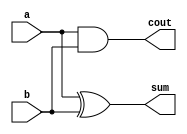
// N Sree Dhyuti
// CED19I027
// CA LAB 2 : Double Precision Floating Point Multiplier 

//Set the measurement and precision of time
`timescale 1ns / 1ps


////// 64-Bit Wallace Tree Multiplier //////
//1-Bit Full Adder Module
module HalfAdder (a, b, sum, cout);
	input a, b;
	output sum, cout;
	xor x1 (sum, a, b);
	and a1 (cout, a, b);
endmodule

// 1-Bit Full Adder Mofule
module FullAdder(a, b, cin, sum, cout);
	input a, b, cin;
	output sum, cout;
	wire w1, w2, w3;

	xor x1 (sum, a, b, cin);

	and a1 (w1, a, b);
	xor x2 (w2, a, b);
	and a2 (w3, w2, cin);
	or o1 (cout, w3, w1);

endmodule

// 4-bit Full Adder 
module FullAdder4Bit(a, b, cin, sum, carry);
	input [3:0] a, b;
	input cin;
	output [3:0] sum;
	output carry;
	wire [2:0] c;
	
	FullAdder f1_1 (a[0], b[0], cin, sum[0], c[0]);
	FullAdder f1_2 (a[1], b[1], c[0], sum[1], c[1]);
	FullAdder f1_3 (a[2], b[2], c[1], sum[2], c[2]);
	FullAdder f1_4 (a[3], b[3], c[2], sum[3], carry);
	
endmodule

// 8-bit Full Adder
module FullAdder8Bit(a, b, cin, sum, carry);
	input [7:0] a, b;
	input cin;
	output [7:0] sum;
	output carry;
	wire c;
	
	FullAdder4Bit f4_1 (a[3:0], b[3:0], cin, sum[3:0], c);
	FullAdder4Bit f4_2 (a[7:4], b[7:4], c, sum[7:4], carry);
	
endmodule

// 16-Bit Full Adder
module FullAdder16Bit(a, b, cin, sum, carry);
	input [15:0] a, b;
	input cin;
	output [15:0] sum;
	output carry;
	wire c;
	
	FullAdder8Bit f8_1 (a[7:0], b[7:0], cin, sum[7:0], c);
	FullAdder8Bit f8_2 (a[15:8], b[15:8], c, sum[15:8], carry);
	
endmodule

// 32-Bit Full Adder
module FullAdder32Bit(a, b, cin, sum, carry);
	input [31:0] a, b;
	input cin;
	output [31:0] sum;
	output carry;
	wire c;
	
	FullAdder16Bit f16_1 (a[15:0], b[15:0], cin, sum[15:0], c);
	FullAdder16Bit f16_2 (a[31:16], b[31:16], c, sum[31:16], carry);
	
endmodule

// 64-Bit Full Adder
module FullAdder64Bit(a, b, cin, sum, carry);
	input [63:0] a, b;
	input cin;
	output [63:0] sum;
	output carry;
	wire c;
	
	FullAdder32Bit f32_1 (a[31:0], b[31:0], cin, sum[31:0], c);
	FullAdder32Bit f32_2 (a[63:32], b[63:32], c, sum[63:32], carry);
	
endmodule

// 128-Bit Full Adder
module FullAdder128Bit(a, b, cin, sum, carry);
	input [127:0] a, b;
	input cin;
	output [127:0] sum;
	output carry;
	wire c;
	
	FullAdder64Bit f64_1 (a[63:0], b[63:0], cin, sum[63:0], c);
	FullAdder64Bit f64_2 (a[127:64], b[127:64], c, sum[127:64], carry);
	
endmodule

//8-Bit Wallace Tree Multiplier
module wall_mult8 (a,b,product);
	input [8:1] a, b;
	output wire [16:1] product;
	
	wire [8:1] p1, p2, p3, p4, p5, p6, p7, p8;

	wire [16:1] sum_1, sum_2, sum_3, sum_4, sum_5, sum_6;
	wire [16:1] carry_1, carry_2, carry_3, carry_4, carry_5, carry_6;
	wire [16:1] final_a, final_b;
	
	wire cin, carry;

	assign p1 = a & {8{b[1]}};
	assign p2 = a & {8{b[2]}};
	assign p3 = a & {8{b[3]}};
	assign p4 = a & {8{b[4]}};
	assign p5 = a & {8{b[5]}};
	assign p6 = a & {8{b[6]}};
	assign p7 = a & {8{b[7]}};
	assign p8 = a & {8{b[8]}};


	//iteration 1
	assign sum_1[1] = p1[1];
	HalfAdder ha_1 (p1[2], p2[1], sum_1[2], carry_1[1]);
	FullAdder fa_1 (p1[3], p2[2], p3[1], sum_1[3], carry_1[2]);
	FullAdder fa_2 (p1[4], p2[3], p3[2], sum_1[4], carry_1[3]);
	FullAdder fa_3 (p1[5], p2[4], p3[3], sum_1[5], carry_1[4]);
	FullAdder fa_4 (p1[6], p2[5], p3[4], sum_1[6], carry_1[5]);
	FullAdder fa_5 (p1[7], p2[6], p3[5], sum_1[7], carry_1[6]);
	FullAdder fa_6 (p1[8], p2[7], p3[6], sum_1[8], carry_1[7]);
	HalfAdder ha_2 (p2[8], p3[7], sum_1[9], carry_1[8]);
	assign sum_1[10] = p3[8];

	assign sum_2[1] = p4[1];
	HalfAdder ha_3 (p4[2], p5[1], sum_2[2], carry_2[1]);
	FullAdder fa_7 (p4[3], p5[2], p6[1], sum_2[3], carry_2[2]);
	FullAdder fa_8 (p4[4], p5[3], p6[2], sum_2[4], carry_2[3]);
	FullAdder fa_9 (p4[5], p5[4], p6[3], sum_2[5], carry_2[4]);
	FullAdder fa_10 (p4[6], p5[5], p6[4], sum_2[6], carry_2[5]);
	FullAdder fa_11 (p4[7], p5[6], p6[5], sum_2[7], carry_2[6]);
	FullAdder fa_12 (p4[8], p5[7], p6[6], sum_2[8], carry_2[7]);
	HalfAdder ha_4 (p5[8], p6[7], sum_2[9], carry_2[8]);
	assign sum_2[10] = p6[8];


	//iteration 2
	assign sum_3[1] = sum_1[1];
	assign sum_3[2] = sum_1[2];
	HalfAdder ha_5 (sum_1[3], carry_1[1], sum_3[3], carry_3[1]);
	FullAdder fa_13 (sum_1[4], carry_1[2], sum_2[1], sum_3[4], carry_3[2]);
	FullAdder fa_14 (sum_1[5], carry_1[3], sum_2[2], sum_3[5], carry_3[3]);
	FullAdder fa_15 (sum_1[6], carry_1[4], sum_2[3], sum_3[6], carry_3[4]);
	FullAdder fa_16 (sum_1[7], carry_1[5], sum_2[4], sum_3[7], carry_3[5]);
	FullAdder fa_17 (sum_1[8], carry_1[6], sum_2[5], sum_3[8], carry_3[6]);
	FullAdder fa_18 (sum_1[9], carry_1[7], sum_2[6], sum_3[9], carry_3[7]);
	FullAdder fa_19 (sum_1[10], carry_1[8], sum_2[7], sum_3[10], carry_3[8]);
	assign sum_3[11] = sum_2[8];
	assign sum_3[12] = sum_2[9];
	assign sum_3[13] = sum_2[10];

	assign sum_4[1] = carry_2[1];
	HalfAdder ha_6 (carry_2[2], p7[1], sum_4[2], carry_4[1]);
	FullAdder fa_20 (carry_2[3], p7[2], p8[1], sum_4[3], carry_4[2]);
	FullAdder fa_21 (carry_2[4], p7[3], p8[2], sum_4[4], carry_4[3]);
	FullAdder fa_22 (carry_2[5], p7[4], p8[3], sum_4[5], carry_4[4]);
	FullAdder fa_23 (carry_2[6], p7[5], p8[4], sum_4[6], carry_4[5]);
	FullAdder fa_24 (carry_2[7], p7[6], p8[5], sum_4[7], carry_4[6]);
	FullAdder fa_25 (carry_2[8], p7[7], p8[6], sum_4[8], carry_4[7]);
	HalfAdder ha_7 (p7[8], p8[7], sum_4[9], carry_4[8]);
	assign sum_4[10] = p8[8];


	//iteration 3
	assign sum_5[1] = sum_3[1];
	assign sum_5[2] = sum_3[2];
	assign sum_5[3] = sum_3[3];
	HalfAdder ha_8 (sum_3[4], carry_3[1], sum_5[4], carry_5[1]);
	HalfAdder ha_9 (sum_3[5], carry_3[2], sum_5[5], carry_5[2]);
	FullAdder fa_26 (sum_3[6], carry_3[3], sum_4[1], sum_5[6], carry_5[3]);
	FullAdder fa_27 (sum_3[7], carry_3[4], sum_4[2], sum_5[7], carry_5[4]);
	FullAdder fa_28 (sum_3[8], carry_3[5], sum_4[3], sum_5[8], carry_5[5]);
	FullAdder fa_29 (sum_3[9], carry_3[6], sum_4[4], sum_5[9], carry_5[6]);
	FullAdder fa_30 (sum_3[10], carry_3[7], sum_4[5], sum_5[10], carry_5[7]);
	FullAdder fa_31 (sum_3[11], carry_3[8], sum_4[6], sum_5[11], carry_5[8]);
	HalfAdder ha_10 (sum_3[12], sum_4[7], sum_5[12], carry_5[9]);
	HalfAdder ha_11 (sum_3[13], sum_4[8], sum_5[13], carry_5[10]);
	assign sum_5[14] = sum_4[9];
	assign sum_5[15] = sum_4[10];


	//iteration 4
	assign sum_6[1] = sum_5[1];
	assign sum_6[2] = sum_5[2];
	assign sum_6[3] = sum_5[3];
	assign sum_6[4] = sum_5[4];
	HalfAdder ha_12 (sum_5[5], carry_5[1], sum_6[5], carry_6[1]);
	HalfAdder ha_13 (sum_5[6], carry_5[2], sum_6[6], carry_6[2]);
	HalfAdder ha_14 (sum_5[7], carry_5[3], sum_6[7], carry_6[3]);
	FullAdder fa_32 (sum_5[8], carry_5[4], carry_4[1], sum_6[8], carry_6[4]);
	FullAdder fa_33 (sum_5[9], carry_5[5], carry_4[2], sum_6[9], carry_6[5]);
	FullAdder fa_34 (sum_5[10], carry_5[6], carry_4[3], sum_6[10], carry_6[6]);
	FullAdder fa_35 (sum_5[11], carry_5[7], carry_4[4], sum_6[11], carry_6[7]);
	FullAdder fa_36 (sum_5[12], carry_5[8], carry_4[5], sum_6[12], carry_6[8]);
	FullAdder fa_37 (sum_5[13], carry_5[9], carry_4[6], sum_6[13], carry_6[9]);
	FullAdder fa_38 (sum_5[14], carry_5[10], carry_4[7], sum_6[14], carry_6[10]);
	HalfAdder ha_15 (sum_5[15], carry_4[8], sum_6[15], carry_6[11]);

	//final_a
	assign final_a[15:1] = sum_6[15:1];
	assign final_a[16] = 1'b0;

	//final_b
	assign final_b[1] = 1'b0;
	assign final_b[2] = 1'b0;
	assign final_b[3] = 1'b0;
	assign final_b[4] = 1'b0;
	assign final_b[5] = 1'b0;
	assign final_b[16:6] = carry_6[11:1];

	assign cin = 1'b0;

	//last iteration
	wire [11:1]car;
	assign product[1] = sum_6[1];
	assign product[2] = sum_6[2];
	assign product[3] = sum_6[3];
	assign product[4] = sum_6[4];
	assign product[5] = sum_6[5];


	HalfAdder f39 (sum_6[6], carry_6[1], product[6], car[1]);
	FullAdder f40 (sum_6[7], carry_6[2], car[1], product[7], car[2]);
	FullAdder f41 (sum_6[8], carry_6[3], car[2], product[8], car[3]);
	FullAdder f42 (sum_6[9], carry_6[4], car[3], product[9], car[4]);
	FullAdder f43 (sum_6[10], carry_6[5], car[4], product[10], car[5]);
	FullAdder f44 (sum_6[11], carry_6[6], car[5], product[11], car[6]);
	FullAdder f45 (sum_6[12], carry_6[7], car[6], product[12], car[7]);
	FullAdder f46 (sum_6[13], carry_6[8], car[7], product[13], car[8]);
	FullAdder f47 (sum_6[14], carry_6[9], car[8], product[14], car[9]);
	FullAdder f48 (sum_6[15], carry_6[10], car[9], product[15], car[10]);

	HalfAdder h13 (carry_6[11], car[9], product[16], car[11]);

endmodule

module wall_mult64(a, b, op);
    input[63:0] a, b;
    output[127:0] op;
    
	wire [127:0] pp[63:0];
	
	//2
	assign pp[0][127:16] = 0;
	wall_mult8 w1 (a[7:0], b[7:0], pp[0][15:0]);
	
	//3
	assign pp[1][7:0] = 0;
	assign pp[1][127:24] = 0;
	wall_mult8 w2 (a[7:0], b[15:8], pp[1][23:8]);
	assign pp[2][7:0] = 0;
	assign pp[2][127:24] = 0;
	wall_mult8 w3 (a[15:8], b[7:0], pp[2][23:8]);
	
	//4
	assign pp[3][15:0] = 0;
	assign pp[3][127:32] = 0;
	wall_mult8 w4 (a[7:0], b[23:16], pp[3][31:16]);
	assign pp[4][15:0] = 0;
	assign pp[4][127:32] = 0;
	wall_mult8 w5 (a[23:16], b[7:0], pp[4][31:16]);
	assign pp[5][15:0] = 0;
	assign pp[5][127:32] = 0;
	wall_mult8 w6 (a[15:8], b[15:8], pp[5][31:16]);
	
	//5
	assign pp[6][23:0] = 0;
	assign pp[6][127:40] = 0;
	wall_mult8 w7 (a[7:0], b[31:24], pp[6][39:24]);
	assign pp[7][23:0] = 0;
	assign pp[7][127:40] = 0;
	wall_mult8 w8 (a[31:24], b[7:0], pp[7][39:24]);
	assign pp[8][23:0] = 0;
	assign pp[8][127:40] = 0;
	wall_mult8 w9 (a[23:16], b[15:8], pp[8][39:24]);
	assign pp[9][23:0] = 0;
	assign pp[9][127:40] = 0;
	wall_mult8 w10 (a[15:8], b[23:16], pp[9][39:24]);
	
	//6
	assign pp[10][31:0] = 0;
	assign pp[10][127:48] = 0;
	wall_mult8 w11 (a[7:0], b[39:32], pp[10][47:32]);
	assign pp[11][31:0] = 0;
	assign pp[11][127:48] = 0;
	wall_mult8 w12 (a[39:32], b[7:0], pp[11][47:32]);
	assign pp[12][31:0] = 0;
	assign pp[12][127:48] = 0;
	wall_mult8 w13 (a[15:8], b[31:24], pp[12][47:32]);
	assign pp[13][31:0] = 0;
	assign pp[13][127:48] = 0;
	wall_mult8 w14 (a[31:24], b[15:8], pp[13][47:32]);
	assign pp[14][31:0] = 0;
	assign pp[14][127:48] = 0;
	wall_mult8 w15 (a[23:16], b[23:16], pp[14][47:32]);
	
	//7
	assign pp[15][39:0] = 0;
	assign pp[15][127:56] = 0;
	wall_mult8 w16 (a[7:0], b[47:40], pp[15][55:40]);
	assign pp[16][39:0] = 0;
	assign pp[16][127:56] = 0;
	wall_mult8 w17 (a[47:40], b[7:0], pp[16][55:40]);
	assign pp[17][39:0] = 0;
	assign pp[17][127:56] = 0;
	wall_mult8 w18 (a[15:8], b[39:32], pp[17][55:40]);
	assign pp[18][39:0] = 0;
	assign pp[18][127:56] = 0;
	wall_mult8 w19 (a[39:32], b[15:8], pp[18][55:40]);
	assign pp[19][39:0] = 0;
	assign pp[19][127:56] = 0;
	wall_mult8 w20 (a[23:16], b[31:24], pp[19][55:40]);
	assign pp[20][39:0] = 0;
	assign pp[20][127:56] = 0;
	wall_mult8 w21 (a[31:24], b[23:16], pp[20][55:40]);
	
	//8
	assign pp[21][47:0] = 0;
	assign pp[21][127:64] = 0;
	wall_mult8 w22 (a[7:0], b[55:48], pp[21][63:48]);
	assign pp[22][47:0] = 0;
	assign pp[22][127:64] = 0;
	wall_mult8 w23 (a[55:48], b[7:0], pp[22][63:48]);
	assign pp[23][47:0] = 0;
	assign pp[23][127:64] = 0;
	wall_mult8 w24 (a[15:8], b[47:40], pp[23][63:48]);
	assign pp[24][47:0] = 0;
	assign pp[24][127:64] = 0;
	wall_mult8 w25 (a[47:40], b[15:8], pp[24][63:48]);
	assign pp[25][47:0] = 0;
	assign pp[25][127:64] = 0;
	wall_mult8 w26 (a[23:16], b[39:32], pp[25][63:48]);
	assign pp[26][47:0] = 0;
	assign pp[26][127:64] = 0;
	wall_mult8 w27 (a[39:32], b[23:16], pp[26][63:48]);
	assign pp[27][47:0] = 0;
	assign pp[27][127:64] = 0;
	wall_mult8 w28 (a[31:24], b[31:24], pp[27][63:48]);
	
	//9
	assign pp[28][55:0] = 0;
	assign pp[28][127:72] = 0;
	wall_mult8 w29 (a[7:0], b[63:56], pp[28][71:56]);
	assign pp[29][55:0] = 0;
	assign pp[29][127:72] = 0;
	wall_mult8 w30 (a[63:56], b[7:0], pp[29][71:56]);
	assign pp[30][55:0] = 0;
	assign pp[30][127:72] = 0;
	wall_mult8 w31 (a[15:8], b[55:48], pp[30][71:56]);
	assign pp[31][55:0] = 0;
	assign pp[31][127:72] = 0;
	wall_mult8 w32 (a[55:48], b[15:8], pp[31][71:56]);
	assign pp[32][55:0] = 0;
	assign pp[32][127:72] = 0;
	wall_mult8 w33 (a[23:16], b[47:40], pp[32][71:56]);
	assign pp[33][55:0] = 0;
	assign pp[33][127:72] = 0;
	wall_mult8 w34 (a[47:40], b[23:16], pp[33][71:56]);
	assign pp[34][55:0] = 0;
	assign pp[34][127:72] = 0;
	wall_mult8 w35 (a[31:24], b[39:32], pp[34][71:56]);
	assign pp[35][55:0] = 0;
	assign pp[35][127:72] = 0;
	wall_mult8 w36 (a[39:32], b[31:24], pp[35][71:56]);
	
	//10
	assign pp[36][63:0] = 0;
	assign pp[36][127:80] = 0;
	wall_mult8 w37 (a[15:8], b[63:56], pp[36][79:64]);
	assign pp[37][63:0] = 0;
	assign pp[37][127:80] = 0;
	wall_mult8 w38 (a[63:56], b[15:8], pp[37][79:64]);
	assign pp[38][63:0] = 0;
	assign pp[38][127:80] = 0;
	wall_mult8 w39 (a[23:16], b[55:48], pp[38][79:64]);
	assign pp[39][63:0] = 0;
	assign pp[39][127:80] = 0;
	wall_mult8 w40 (a[55:48], b[23:16], pp[39][79:64]);
	assign pp[40][63:0] = 0;
	assign pp[40][127:80] = 0;
	wall_mult8 w41 (a[31:24], b[47:40], pp[40][79:64]);
	assign pp[41][63:0] = 0;
	assign pp[41][127:80] = 0;
	wall_mult8 w42 (a[47:40], b[31:24], pp[41][79:64]);
	assign pp[42][63:0] = 0;
	assign pp[42][127:80] = 0;
	wall_mult8 w43 (a[39:32], b[39:32], pp[42][79:64]);
	
	//11
	assign pp[43][71:0] = 0;
	assign pp[43][127:88] = 0;
	wall_mult8 w44 (a[23:16], b[63:56], pp[43][87:72]);
	assign pp[44][71:0] = 0;
	assign pp[44][127:88] = 0;
	wall_mult8 w45 (a[63:56], b[23:16], pp[44][87:72]);
	assign pp[45][71:0] = 0;
	assign pp[45][127:88] = 0;
	wall_mult8 w46 (a[31:24], b[55:48], pp[45][87:72]);
	assign pp[46][71:0] = 0;
	assign pp[46][127:88] = 0;
	wall_mult8 w47 (a[55:48], b[31:24], pp[46][87:72]);
	assign pp[47][71:0] = 0;
	assign pp[47][127:88] = 0;
	wall_mult8 w48 (a[39:32], b[47:40], pp[47][87:72]);
	assign pp[48][71:0] = 0;
	assign pp[48][127:88] = 0;
	wall_mult8 w49 (a[47:40], b[39:32], pp[48][87:72]);
	
	//12
	assign pp[49][79:0] = 0;
	assign pp[49][127:96] = 0;
	wall_mult8 w50 (a[31:24], b[63:56], pp[49][95:80]);
	assign pp[50][79:0] = 0;
	assign pp[50][127:96] = 0;
	wall_mult8 w51 (a[63:56], b[31:24], pp[50][95:80]);
	assign pp[51][79:0] = 0;
	assign pp[51][127:96] = 0;
	wall_mult8 w52 (a[39:32], b[55:48], pp[51][95:80]);
	assign pp[52][79:0] = 0;
	assign pp[52][127:96] = 0;
	wall_mult8 w53 (a[55:48], b[39:32], pp[52][95:80]);
	assign pp[53][79:0] = 0;
	assign pp[53][127:96] = 0;
	wall_mult8 w54 (a[47:40], b[47:40], pp[53][95:80]);
	
	//13
	assign pp[54][87:0] = 0;
	assign pp[54][127:104] = 0;
	wall_mult8 w55 (a[39:32], b[63:56], pp[54][103:88]);
	assign pp[55][87:0] = 0;
	assign pp[55][127:104] = 0;
	wall_mult8 w56 (a[63:56], b[39:32], pp[55][103:88]);
	assign pp[56][87:0] = 0;
	assign pp[56][127:104] = 0;
	wall_mult8 w57 (a[47:40], b[55:48], pp[56][103:88]);
	assign pp[57][87:0] = 0;
	assign pp[57][127:104] = 0;
	wall_mult8 w58 (a[55:48], b[47:40], pp[57][103:88]);
	
	//14
	assign pp[58][95:0] = 0;
	assign pp[58][127:112] = 0;
	wall_mult8 w59 (a[47:40], b[63:56], pp[58][111:96]);
	assign pp[59][95:0] = 0;
	assign pp[59][127:112] = 0;
	wall_mult8 w60 (a[63:56], b[47:40], pp[59][111:96]);
	assign pp[60][95:0] = 0;
	assign pp[60][127:112] = 0;
	wall_mult8 w61 (a[55:48], b[55:48], pp[60][111:96]);
	
	//15
	assign pp[61][103:0] = 0;
	assign pp[61][127:120] = 0;
	wall_mult8 w62 (a[55:48], b[63:56], pp[61][119:104]);
	assign pp[62][103:0] = 0;
	assign pp[62][127:120] = 0;
	wall_mult8 w63 (a[63:56], b[55:48], pp[62][119:104]);
	
	//16
	assign pp[63][111:0] = 0;
	wall_mult8 w64 (a[63:56], b[63:56], pp[63][127:112]);
	
	
	
	wire [127:0] ps[63:0];
	wire cout;
	
	FullAdder128Bit f1 (pp[0], pp[1], 1'b0, ps[0], cout);
	
	FullAdder128Bit f2 (ps[0], pp[2], 1'b0,ps[1], cout);
	FullAdder128Bit f3 (ps[1], pp[3], 1'b0,ps[2], cout);
	FullAdder128Bit f4 (ps[2], pp[4], 1'b0,ps[3], cout);
	FullAdder128Bit f5 (ps[3], pp[5], 1'b0,ps[4], cout);
	FullAdder128Bit f6 (ps[4], pp[6], 1'b0,ps[5], cout);
	FullAdder128Bit f7 (ps[5], pp[7], 1'b0,ps[6], cout);
	FullAdder128Bit f8 (ps[6], pp[8], 1'b0,ps[7], cout);
	FullAdder128Bit f9 (ps[7], pp[9], 1'b0,ps[8], cout);
	FullAdder128Bit f10 (ps[8], pp[10], 1'b0,ps[9], cout);	
	
	FullAdder128Bit f13 (ps[9], pp[11], 1'b0,ps[10], cout);
	FullAdder128Bit f14 (ps[10], pp[12], 1'b0,ps[11], cout);
	FullAdder128Bit f15 (ps[11], pp[13], 1'b0,ps[12], cout);
	FullAdder128Bit f16 (ps[12], pp[14], 1'b0,ps[13], cout);
	FullAdder128Bit f17 (ps[13], pp[15], 1'b0,ps[14], cout);
	FullAdder128Bit f18 (ps[14], pp[16], 1'b0,ps[15], cout);
	FullAdder128Bit f19 (ps[15], pp[17], 1'b0,ps[16], cout);
	FullAdder128Bit f20 (ps[16], pp[18], 1'b0,ps[17], cout);
	FullAdder128Bit f21 (ps[17], pp[19], 1'b0,ps[18], cout);
	FullAdder128Bit f22 (ps[18], pp[20], 1'b0,ps[19], cout);
	
	FullAdder128Bit f113 (ps[19], pp[21], 1'b0,ps[20], cout);
	FullAdder128Bit f114 (ps[20], pp[22], 1'b0,ps[21], cout);
	FullAdder128Bit f115 (ps[21], pp[23], 1'b0,ps[22], cout);
	FullAdder128Bit f116 (ps[22], pp[24], 1'b0,ps[23], cout);
	FullAdder128Bit f117 (ps[23], pp[25], 1'b0,ps[24], cout);
	FullAdder128Bit f118 (ps[24], pp[26], 1'b0,ps[25], cout);
	FullAdder128Bit f119 (ps[25], pp[27], 1'b0,ps[26], cout);
	FullAdder128Bit f210 (ps[26], pp[28], 1'b0,ps[27], cout);
	FullAdder128Bit f211 (ps[27], pp[29], 1'b0,ps[28], cout);
	FullAdder128Bit f212 (ps[28], pp[30], 1'b0,ps[29], cout);
	
	FullAdder128Bit f33 (ps[29], pp[31], 1'b0,ps[30], cout);
	FullAdder128Bit f34 (ps[30], pp[32], 1'b0,ps[31], cout);
	FullAdder128Bit f35 (ps[31], pp[33], 1'b0,ps[32], cout);
	FullAdder128Bit f36 (ps[32], pp[34], 1'b0,ps[33], cout);
	FullAdder128Bit f37 (ps[33], pp[35], 1'b0,ps[34], cout);
	FullAdder128Bit f38 (ps[34], pp[36], 1'b0,ps[35], cout);
	FullAdder128Bit f39 (ps[35], pp[37], 1'b0,ps[36], cout);
	FullAdder128Bit f30 (ps[36], pp[38], 1'b0,ps[37], cout);
	FullAdder128Bit f31 (ps[37], pp[39], 1'b0,ps[38], cout);
	FullAdder128Bit f32 (ps[38], pp[40], 1'b0,ps[39], cout);
	
	FullAdder128Bit f43 (ps[39], pp[41], 1'b0,ps[40], cout);
	FullAdder128Bit f44 (ps[40], pp[42], 1'b0,ps[41], cout);
	FullAdder128Bit f45 (ps[41], pp[43], 1'b0,ps[42], cout);
	FullAdder128Bit f46 (ps[42], pp[44], 1'b0,ps[43], cout);
	FullAdder128Bit f47 (ps[43], pp[45], 1'b0,ps[44], cout);
	FullAdder128Bit f48 (ps[44], pp[46], 1'b0,ps[45], cout);
	FullAdder128Bit f49 (ps[45], pp[47], 1'b0,ps[46], cout);
	FullAdder128Bit f40 (ps[46], pp[48], 1'b0,ps[47], cout);
	FullAdder128Bit f41 (ps[47], pp[49], 1'b0,ps[48], cout);
	FullAdder128Bit f42 (ps[48], pp[50], 1'b0,ps[49], cout);
	
	FullAdder128Bit f53 (ps[49], pp[51], 1'b0,ps[50], cout);
	FullAdder128Bit f54 (ps[50], pp[52], 1'b0,ps[51], cout);
	FullAdder128Bit f55 (ps[51], pp[53], 1'b0,ps[52], cout);
	FullAdder128Bit f56 (ps[52], pp[54], 1'b0,ps[53], cout);
	FullAdder128Bit f57 (ps[53], pp[55], 1'b0,ps[54], cout);
	FullAdder128Bit f58 (ps[54], pp[56], 1'b0,ps[55], cout);
	FullAdder128Bit f59 (ps[55], pp[57], 1'b0,ps[56], cout);
	FullAdder128Bit f50 (ps[56], pp[58], 1'b0,ps[57], cout);
	FullAdder128Bit f51 (ps[57], pp[59], 1'b0,ps[58], cout);
	FullAdder128Bit f52 (ps[58], pp[60], 1'b0,ps[59], cout);
	 
	FullAdder128Bit f63 (ps[59], pp[61], 1'b0,ps[60], cout);
	FullAdder128Bit f64 (ps[60], pp[62], 1'b0,ps[61], cout);
	FullAdder128Bit f65 (ps[61], pp[63], 1'b0,op, cout);

endmodule
////// 64-Bit Wallace Tree Multiplier Ends //////

// Double Precision Floating Point Multiplier Module
module dpfpm (s1, e1, m1, s2, e2, m2, s, m, e);
    // Sign - s, exponent - e, mantissa - m
	input s1, s2;
	input [10:0] e1, e2;
	input [51:0] m1, m2;
	
	output wire s;
	output wire [10:0] e;
	output wire [51:0] m;
	
	wire [10:0] e33;	
	assign e33 = e1 + e2 - 1023;
	
	wire [127:0] m33;

	wall_mult64 w1 ({11'b0, 1'b1, m1}, {11'b0, 1'b1, m2}, m33);
	
	assign m = (e1 == 2047 || e2 == 2047) ? {52'b0}: (m33[105] == 1'b1) ? m33[104:53] : m33[103:52];   //if there is carry else not

	assign e = (e1 == 2047 || e2 == 2047) ? {11{1'b1}}: (m33[105] == 1'b1) ? (e33 + 1): e33 ;
	
	assign s = s1 ^ s2;
endmodule